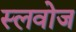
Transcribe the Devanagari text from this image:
स्लवोज